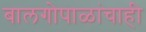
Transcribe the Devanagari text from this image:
बालगोपाळांचाही